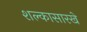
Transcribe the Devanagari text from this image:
शल्कासारखे